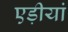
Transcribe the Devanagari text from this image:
एड़ीयां